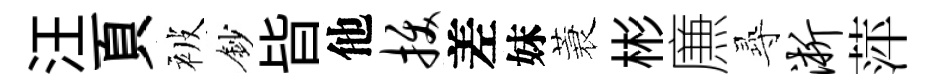
汪頁被鈔𣅜他拔差妹蓑彬㢘𡬶淅萍